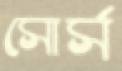
সোর্স